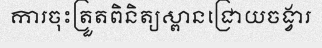
ការចុះត្រួតពិនិត្យស្ពានជ្រោយចង្វារ